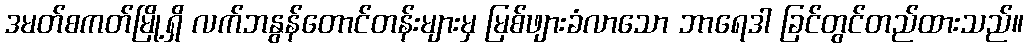
ဒမတ်စကတ်မြို့ရှိ လက်ဘနွန်တောင်တန်းများမှ မြစ်ဖျားခံလာသော ဘာရေဒါ ခြင်တွင်တည်ထားသည်။